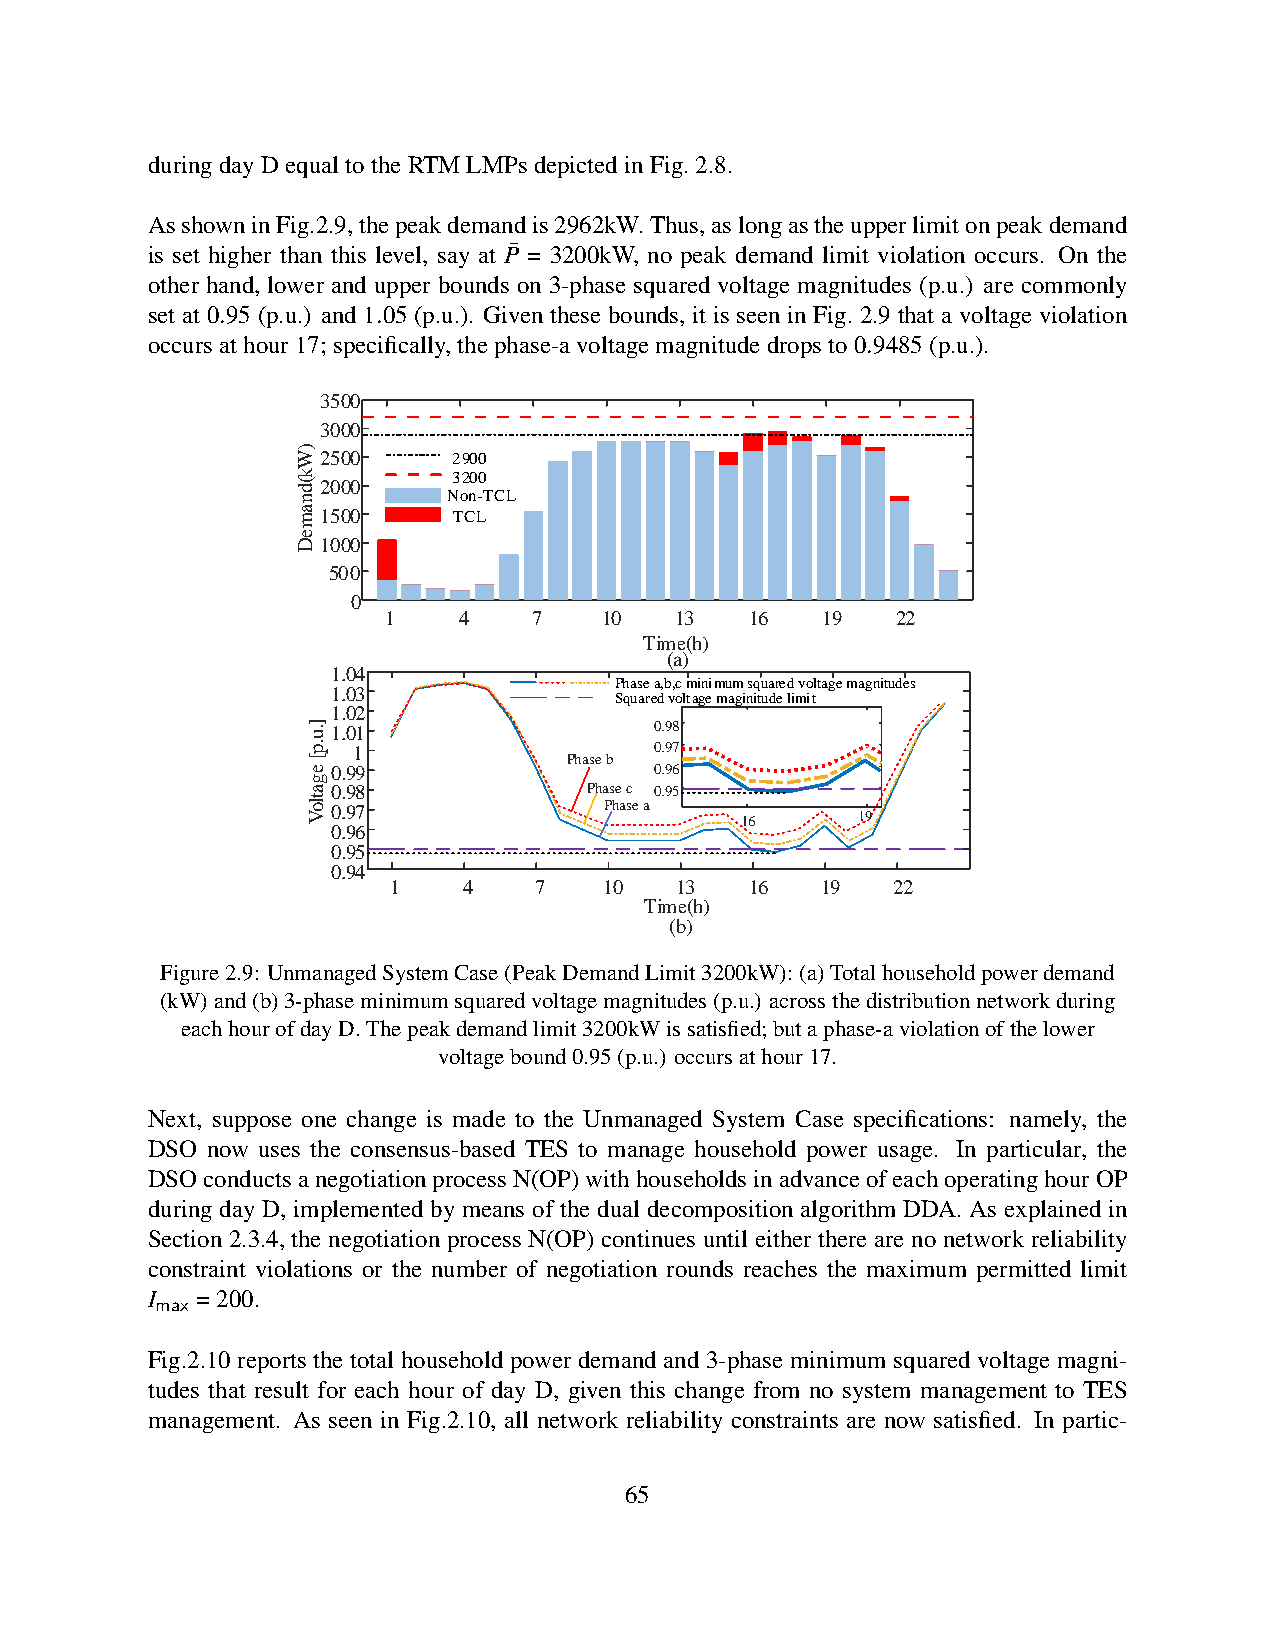
duringdayDequaltotheRTMLMPsdepictedinFig.2.8.
 AsshowninFig.2.9,thepeakdemandis2962kW.Thus,aslongastheupperlimitonpeakdemand
 is set higher than this level, say at P¯ = 3200kW, no peak demand limit violation occurs. On the
 other hand, lower and upper bounds on 3-phase squared voltage magnitudes (p.u.) are commonly
 set at 0.95 (p.u.) and 1.05 (p.u.). Given these bounds, it is seen in Fig. 2.9 that a voltage violation
 occursathour17;specifically,thephase-avoltagemagnitudedropsto0.9485(p.u.).
 3500
 3000
 W)2500
 2900
 k         3200
 nd(2000
 Non-TCL
 ma1500    TCL
 e
 D1000
 500
 0
 1   4    7    10   13   16  19   22
 Time(h)
 (a)
 1.04
 Phase a,b,c minimum squared voltage magnitudes
 1.03
 Squared voltage maginitude limit
 1.02
 u].1.01                0.98
 p. 1                   0.97
 [                 Phase b
 e0.99                  0.96
 g
 a0.98              Phase c 0.95
 olt
 0.97              Phase a
 V                            16      19
 0.96
 0.95
 0.94
 1    4   7    10   13   16  19   22
 Time(h)
 (b)
 Figure2.9: UnmanagedSystemCase(PeakDemandLimit3200kW):(a)Totalhouseholdpowerdemand
 (kW)and(b)3-phaseminimumsquaredvoltagemagnitudes(p.u.) acrossthedistributionnetworkduring
 eachhourofdayD.Thepeakdemandlimit3200kWissatisfied;butaphase-aviolationofthelower
 voltagebound0.95(p.u.) occursathour17.
 Next, suppose one change is made to the Unmanaged System Case specifications: namely, the
 DSO now uses the consensus-based TES to manage household power usage. In particular, the
 DSOconductsanegotiationprocessN(OP)withhouseholdsinadvanceofeachoperatinghourOP
 during day D, implemented by means of the dual decomposition algorithm DDA. As explained in
 Section 2.3.4, the negotiation process N(OP) continues until either there are no network reliability
 constraint violations or the number of negotiation rounds reaches the maximum permitted limit
 I  =200.
 max
 Fig.2.10 reports the total household power demand and 3-phase minimum squared voltage magni-
 tudes that result for each hour of day D, given this change from no system management to TES
 management. As seen in Fig.2.10, all network reliability constraints are now satisfied. In partic-
 65